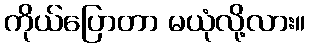
ကိုယ်ပြောတာ မယုံလို့လား။